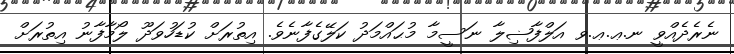
ނެރެދެއްވީ ނ.ޢ.ޢ.ވ އަލްފާޟިލާ ނަސީމާ މުޙައްމަދު ކަލޭގެފާނެވެ. އިތުރަށް ކުޑަހުވަދޫ ލޯމާފާނު އިތުރަށް